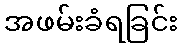
အဖမ်းခံရခြင်း